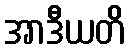
အာဒီယတိ